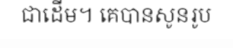
ជាដើម។ គេបានសូនរូប